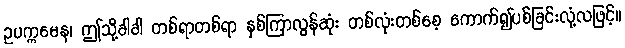
ဥပက္ကမေန၊ ဤသို့ခါခါ တစ်ရာတစ်ရာ နှစ်ကြာလွန်ဆုံး တစ်လုံးတစ်စေ့ ကောက်၍ပစ်ခြင်းလုံ့လဖြင့်။